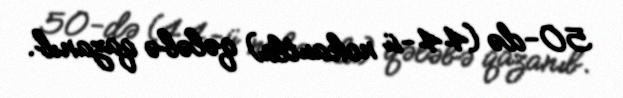
50-də (44-ü nokautla) qələbə qazanıb.